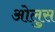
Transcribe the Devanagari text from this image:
ओलुस